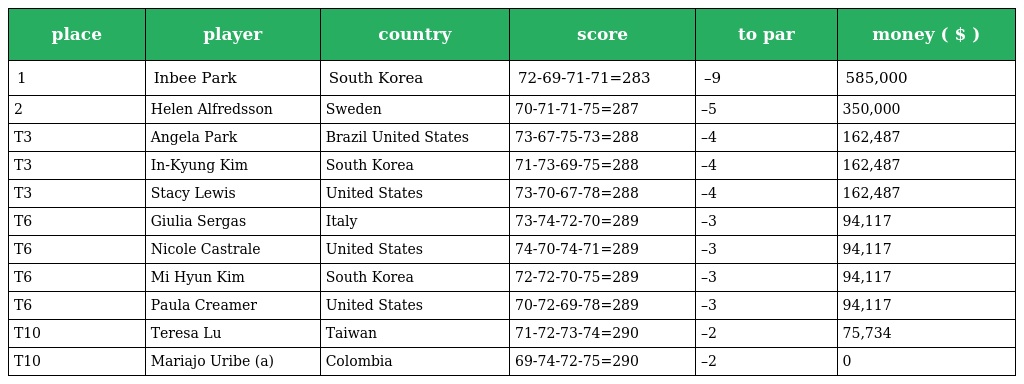
| place | player | country | score | to par | money ( $ ) |
 | --- | --- | --- | --- | --- | --- |
 | 1 | Inbee Park | South Korea | 72-69-71-71=283 | –9 | 585,000 |
 | 2 | Helen Alfredsson | Sweden | 70-71-71-75=287 | –5 | 350,000 |
 | T3 | Angela Park | Brazil United States | 73-67-75-73=288 | –4 | 162,487 |
 | T3 | In-Kyung Kim | South Korea | 71-73-69-75=288 | –4 | 162,487 |
 | T3 | Stacy Lewis | United States | 73-70-67-78=288 | –4 | 162,487 |
 | T6 | Giulia Sergas | Italy | 73-74-72-70=289 | –3 | 94,117 |
 | T6 | Nicole Castrale | United States | 74-70-74-71=289 | –3 | 94,117 |
 | T6 | Mi Hyun Kim | South Korea | 72-72-70-75=289 | –3 | 94,117 |
 | T6 | Paula Creamer | United States | 70-72-69-78=289 | –3 | 94,117 |
 | T10 | Teresa Lu | Taiwan | 71-72-73-74=290 | –2 | 75,734 |
 | T10 | Mariajo Uribe (a) | Colombia | 69-74-72-75=290 | –2 | 0 |